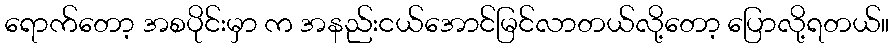
ရောက်တော့ အစပိုင်းမှာ က အနည်းငယ်အောင်မြင်လာတယ်လို့တော့ ပြောလို့ရတယ်။